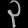
Digit: ၃